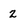
Character: 2